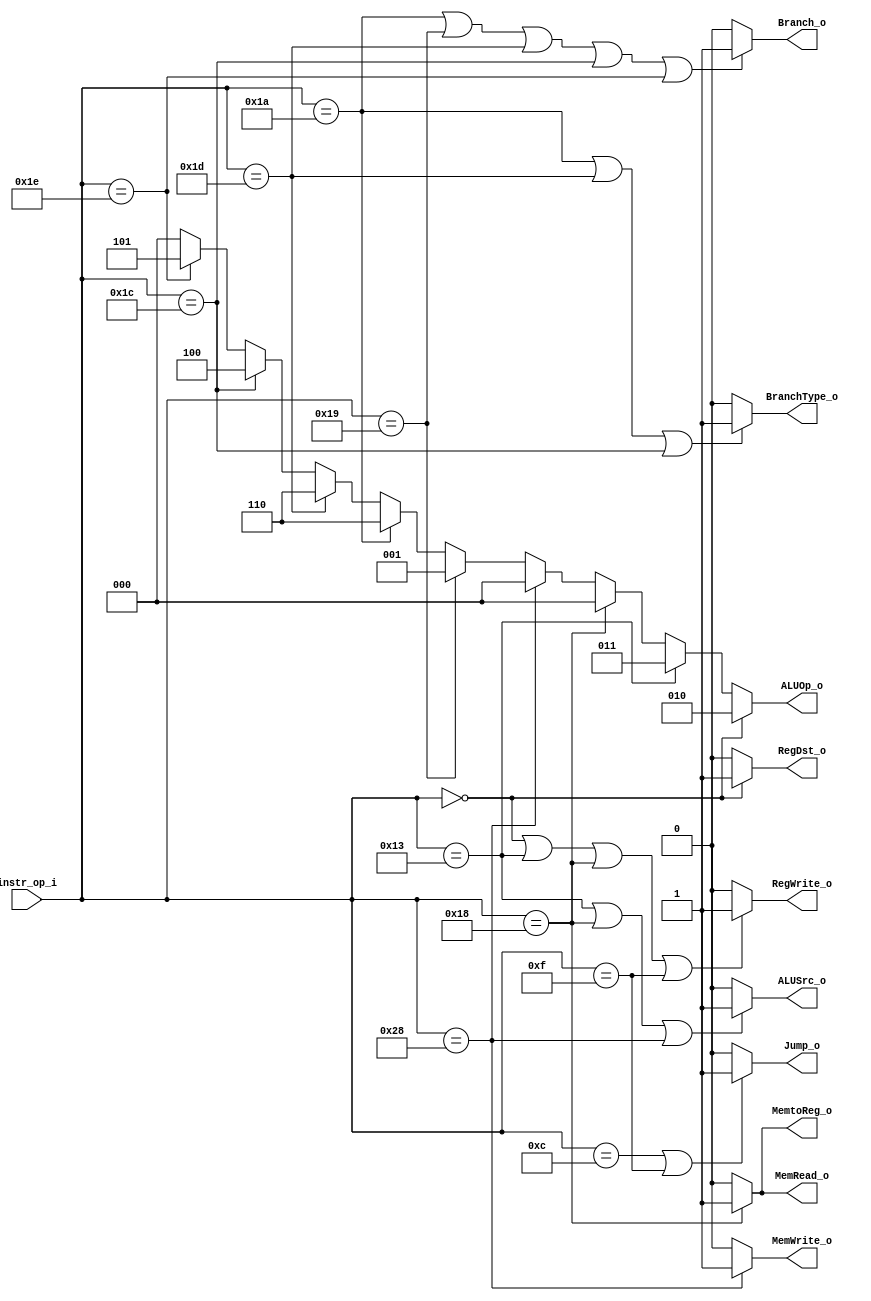
module Decoder (
    instr_op_i,
    RegWrite_o,
    ALUOp_o,
    ALUSrc_o,
    RegDst_o,
    Jump_o,
    Branch_o,
    BranchType_o,
    MemRead_o,
    MemWrite_o,
    MemtoReg_o
);

  //I/O ports
  input [6-1:0] instr_op_i;

  output RegWrite_o;
  output [3-1:0] ALUOp_o;
  output ALUSrc_o;
  output RegDst_o;
  output Jump_o;
  output Branch_o;
  output BranchType_o;
  output MemRead_o;
  output MemWrite_o;
  output MemtoReg_o;

  //Internal Signals
  wire RegWrite_o;
  wire [3-1:0] ALUOp_o;
  wire ALUSrc_o;
  wire RegDst_o;
  wire Jump_o;
  wire Branch_o;
  wire BranchType_o;
  wire MemRead_o;
  wire MemWrite_o;
  wire MemtoReg_o;

  //Main function
  /*your code here*/
  // sllv , slrv , jr : same Rtype
  parameter RType= 6'b000000;
  parameter addi = 6'b010011;
  parameter lw   = 6'b011000;
  parameter sw   = 6'b101000;
  parameter beq  = 6'b011001;
  parameter bne  = 6'b011010;
  parameter jump = 6'b001100;
  parameter jal  = 6'b001111;
  parameter blt  = 6'b011100;
  parameter bnez = 6'b011101;
  parameter bgez = 6'b011110;

  assign RegWrite_o = (instr_op_i == 6'b000000 || instr_op_i == 6'b010011 || instr_op_i == 6'b011000 || instr_op_i == 6'b001111) ? 1'b1 : 1'b0;

  assign ALUOp_o = 	(instr_op_i == RType) ? 3'b010
  : (instr_op_i == addi) ? 3'b011 
  : (instr_op_i == lw)   ? 3'b000
  : (instr_op_i == sw)   ? 3'b000 
  : (instr_op_i == beq)  ? 3'b001 
  : (instr_op_i == bne)  ? 3'b110 
  :	(instr_op_i == bnez) ? 3'b110 
  :	(instr_op_i == blt)  ? 3'b100 
  : (instr_op_i == bgez) ? 3'b101 : 3'b000;

  assign ALUSrc_o = (instr_op_i == 6'b010011 || instr_op_i == 6'b011000 || instr_op_i == 6'b101000) ? 1'b1 : 1'b0;

  assign RegDst_o = (instr_op_i == 6'b000000) ? 1'b1 : 1'b0;

  assign Jump_o = (instr_op_i == 6'b001100 || instr_op_i == 6'b001111) ? 1'b1 : 1'b0;

  assign BranchType_o = (instr_op_i == 6'b011010 || instr_op_i == 6'b011101 || instr_op_i == 6'b011100) ? 1'b1 : 1'b0;

  assign Branch_o = (instr_op_i == 6'b011010 || instr_op_i == 6'b011001 || instr_op_i == 6'b011101 || instr_op_i == 6'b011100 || instr_op_i == 6'b011110) ? 1'b1 : 1'b0;

  assign MemRead_o = (instr_op_i == 6'b011000) ? 1'b1 : 1'b0;

  assign MemWrite_o = (instr_op_i == 6'b101000) ? 1'b1 : 1'b0;

  assign MemtoReg_o = (instr_op_i == 6'b011000) ? 1'b1 : 1'b0;

endmodule

// R-type: add, sub, and, or, nor, slt, sll, srl, sllv, srlv, jr
// op , rs , rt , rd , shamt , func

// I-type: addi, lw, sw, beq, bne, blt, bnez, bgez
// op , rs , rt , immediate

// J-type: jump, jal
// op , address